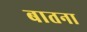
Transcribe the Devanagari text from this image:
बातना